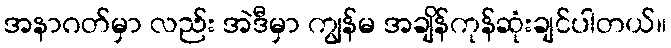
အနာဂတ်မှာ လည်း အဲဒီမှာ ကျွန်မ အချိန်ကုန်ဆုံးချင်ပါတယ်။